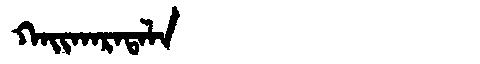
Manchu: ᡴᠠᡳᡴᠠᡵᠠᡨᠠᠯᠠ
Romanization: KAIKARATALA